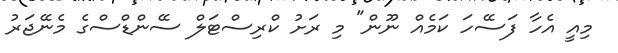
މިއީ އެހާ ފަސޭހަ ކަމެއް ނޫން" މި ރަށު ކްރިސްޓަލް ސޭންޑްސްގެ މެނޭޖަރު